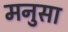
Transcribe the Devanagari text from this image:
मनुसा